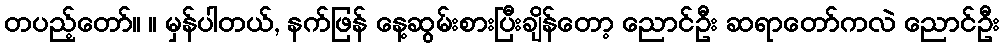
တပည့်တော်။ ။ မှန်ပါတယ်, နက်ဖြန် နေ့ဆွမ်းစားပြီးချိန်တော့ ညောင်ဦး ဆရာတော်ကလဲ ညောင်ဦး